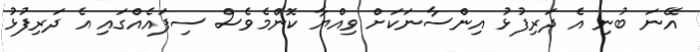
އޭނަ ބުނި އެ ދަރިފުޅު އިންސާނަކަށް ވިއްޔާ ކޮންމެވެސް ސިފައެއްގައި އެ ދަރިފުޅު